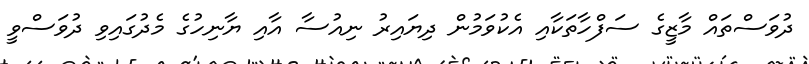
ދުވަސްތައް މާޒީގެ ސަފްހާތަކާއި އެކުވަމުން ދިޔައިރު ނިއުސާ އާއި ޔާނިހުގެ މެދުގައިވި ދުވަސްވީ